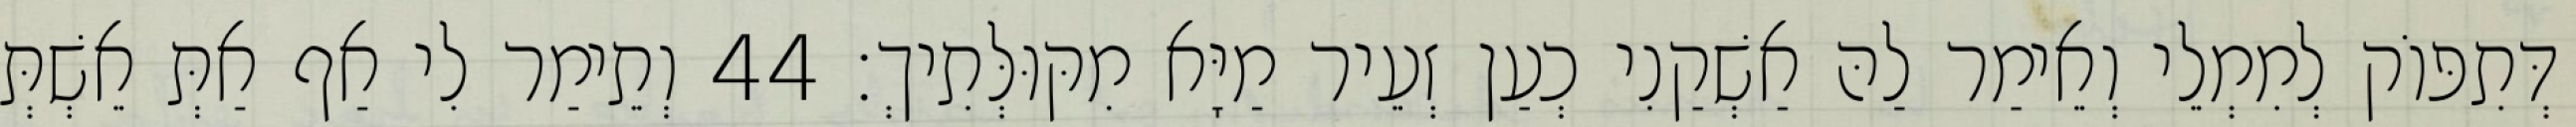
דְּתִפּוֹק לְמִמְלֵי וְאֵימַר לַהּ אַשְׁקַנִי כְעַן זְעֵיר מַיָּא מִקּוּלְּתִיךְ׃ 44 וְתֵימַר לִי אַף אַתְּ אֵשְׁתְּ